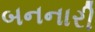
બનનારી